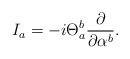
\begin{align*}I_a = - i \Theta_a^b \frac{\partial}{\partial \alpha^b} .\end{align*}